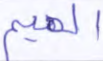
الهيم